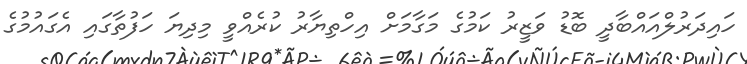
ހައިދަރުލްއައްބާދީ ބޮޑު ވަޒީރު ކަމުގެ މަގާމަށް އިހްތިޔާރު ކުރެއްވީ މިދިޔަ ހަފުތާގައި އެގައުމުގެ